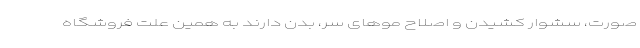
صورت، سشوار کشیدن و اصلاح موهای سر، بدن دارند به همین علت فروشگاه